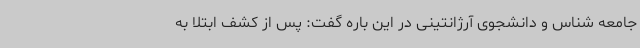
جامعه شناس و دانشجوی آرژانتینی در این باره گفت: پس از کشف ابتلا به